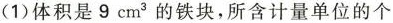
(1)体积是 9cm^{3}的铁块，所含计量单位的个